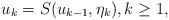
LaTeX: \begin{align*} u_k=S(u_{k-1},\eta_k), k\ge1,\end{align*}